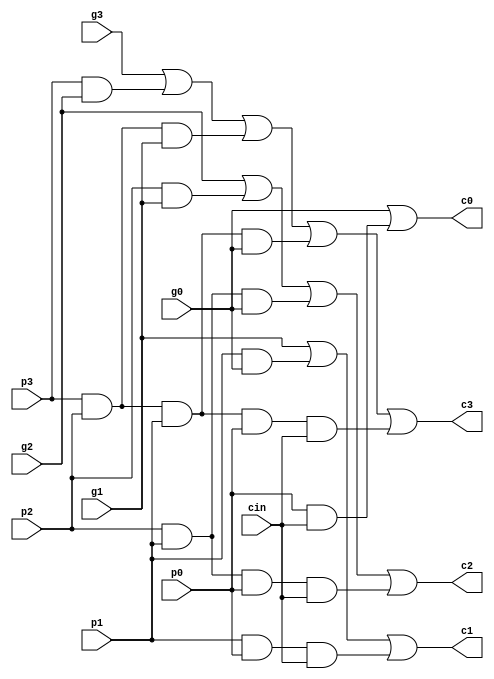
`timescale 1ns / 1ps
//////////////////////////////////////////////////////////////////////////////////
// Company: 
// Engineer: 
// 
// Design Name: 
// Module Name: CLA
// Project Name: 
// Target Devices: 
// Tool Versions: 
// Description: 
// 
// Dependencies: 
// 
// Revision:
// Revision 0.01 - File Created
// Additional Comments:
// 
//////////////////////////////////////////////////////////////////////////////////


module CLA(cin,c0,c1,c2,c3,p0,p1,p2,p3,g0,g1,g2,g3);
   
	 input cin,g0,g1,g2,g3,p0,p1,p2,p3;
	 output c0,c1,c2,c3;
	 
	 assign    c0 = g0 | (p0 & cin),
	          c1 = g1 | (p1 & g0) | (p1 & p0 & cin),
			  c2 = g2 | (p2 & g1) | (p2 & p1 & g0) | (p2 & p1 & p0 & cin),
			  c3 = g3 | (p3 & g2) | (p3 & p2 & g1) | (p3 & p2 & p1 & g0) |(p3 & p2 & p1 & p0 & cin);
	 
endmodule